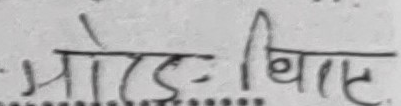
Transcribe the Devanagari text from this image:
मोड थिस्